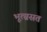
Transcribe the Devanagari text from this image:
भूत्ग्रसत